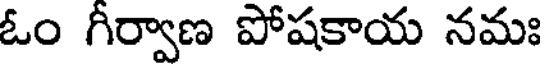
ఓం గీర్వాణ పోషకాయ నమః